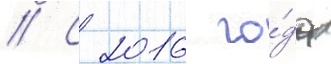
// С 2016 го́да